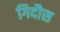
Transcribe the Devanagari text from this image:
गिदौस